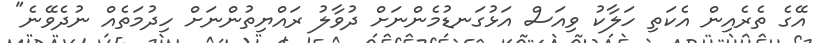
އޭގެ ތެރެއިން އެކަތި ހަލާކު ވިއަސް އަޅުގަނޑުމެންނަށް ދުވާލު ރައްޔިތުންނަށް ހިދުމަތެއް ނުދެވޭނެ"